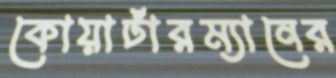
কোয়ার্টারম্যানের